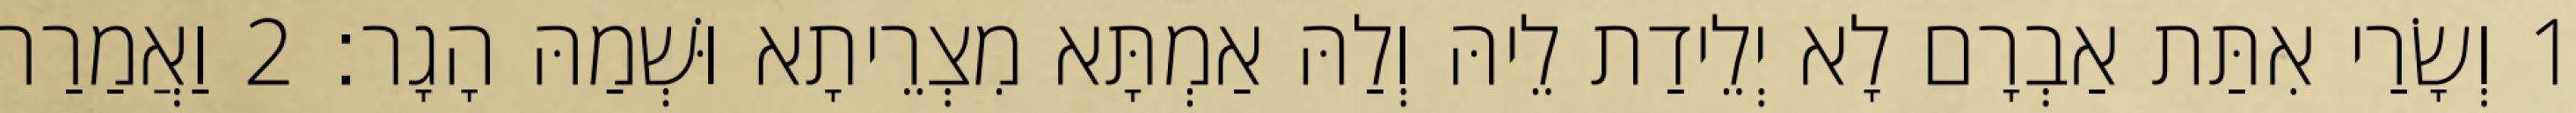
1 וְשָׂרַי אִתַּת אַבְרָם לָא יְלֵידַת לֵיהּ וְלַהּ אַמְתָּא מִצְרֵיתָא וּשְׁמַהּ הָגָר׃ 2 וַאֲמַרַת